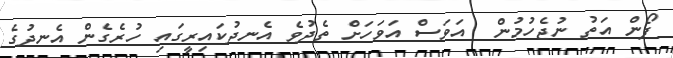
ފޯން އަތު ނުޖެހުމުން  އަވަސް އަވަހަށް ތެދުވެ އެނދުކައިރީގައި ހުރެގެން އެނދުގެ